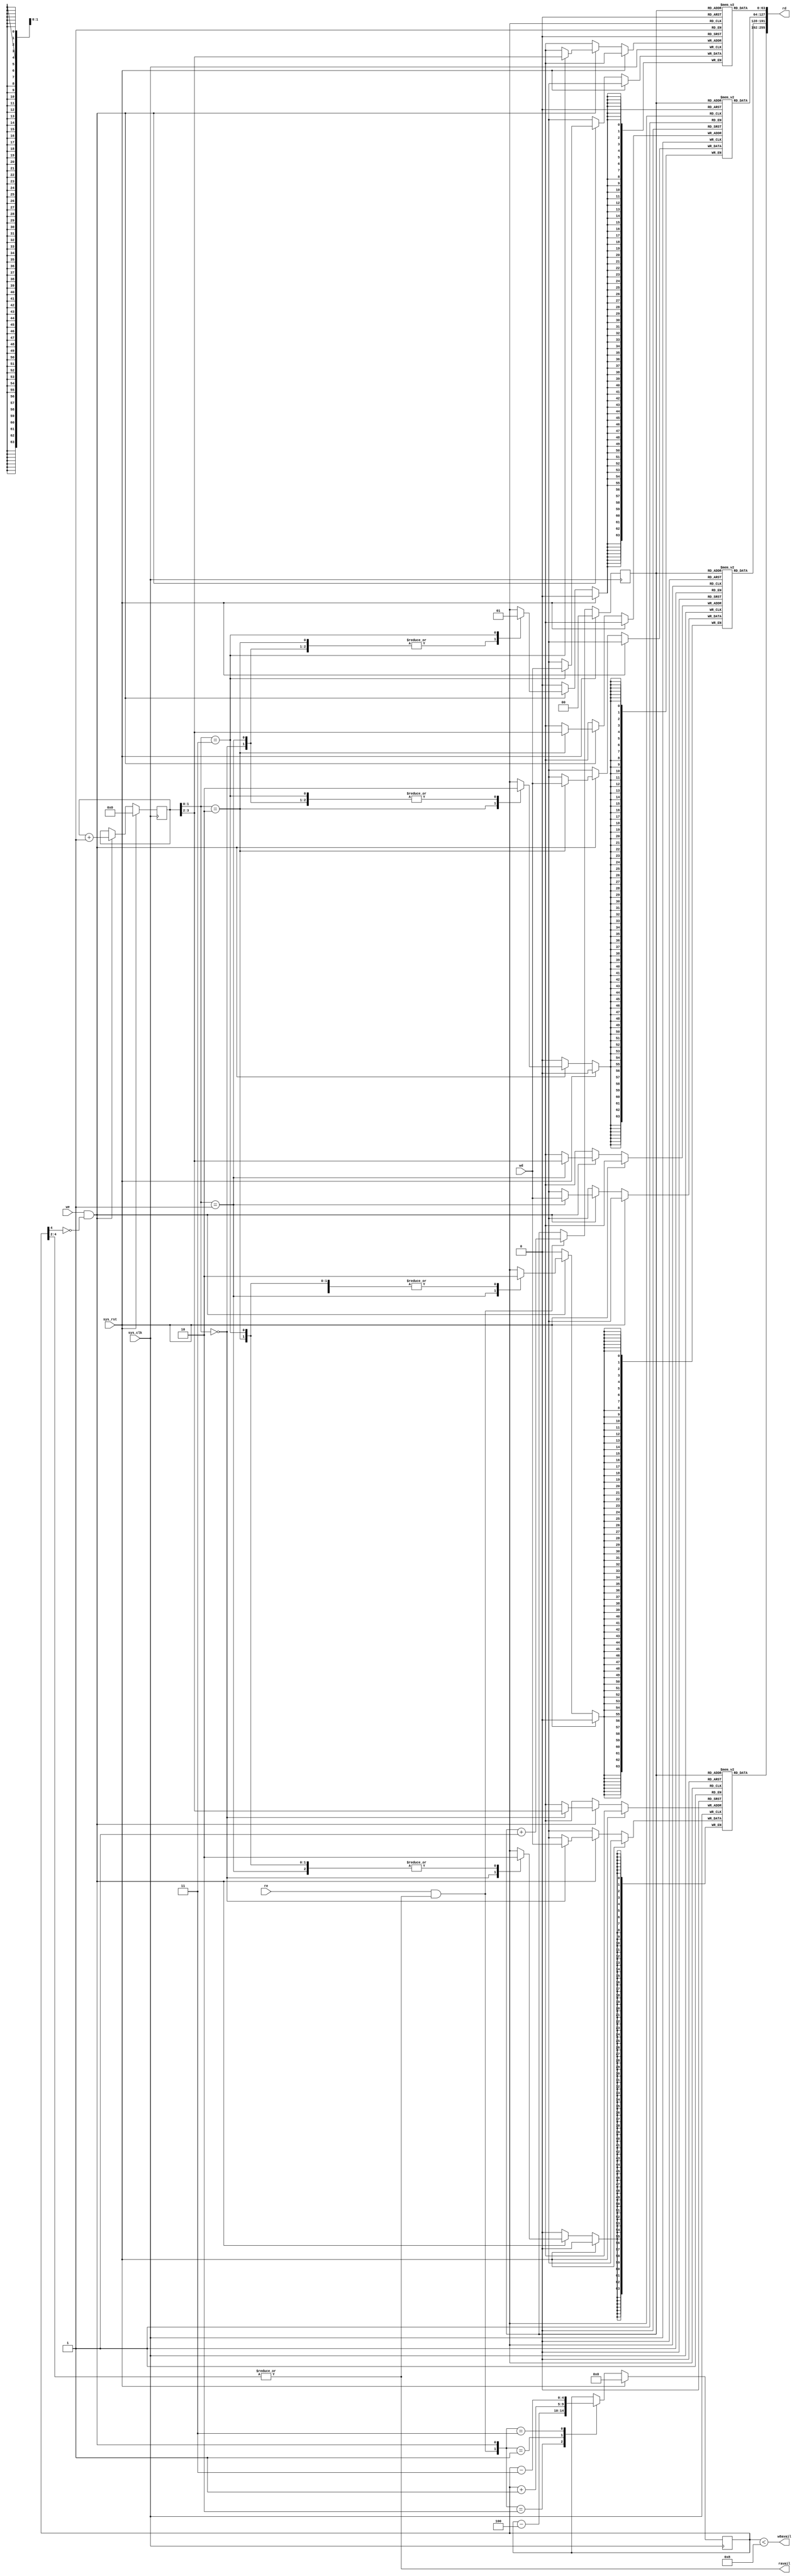
module tmu2_fifo64to256 #(
	parameter depth = 2 /* < log2 of the capacity, in 256-bit words */
) (
	input sys_clk,
	input sys_rst,
	
	output w8avail,
	input we,
	input [63:0] wd,
	
	output ravail,
	input re,
	output [255:0] rd
);

reg [63:0] storage1[0:(1 << depth)-1];
reg [63:0] storage2[0:(1 << depth)-1];
reg [63:0] storage3[0:(1 << depth)-1];
reg [63:0] storage4[0:(1 << depth)-1];

reg [depth+2:0] level;
reg [depth+1:0] produce;
reg [depth-1:0] consume;

wire wavail = ~level[depth+2];
assign w8avail = level < ((1 << (depth + 2)) - 8);
assign ravail = |(level[depth+2:2]);

wire read = re & ravail;
wire write = we & wavail;

always @(posedge sys_clk) begin
	if(sys_rst) begin
		level <= 0;
		produce <= 0;
		consume <= 0;
	end else begin
		if(read)
			consume <= consume + 1;
		if(write) begin
			produce <= produce + 1;
			case(produce[1:0])
				2'd0: storage1[produce[depth+1:2]] <= wd;
				2'd1: storage2[produce[depth+1:2]] <= wd;
				2'd2: storage3[produce[depth+1:2]] <= wd;
				2'd3: storage4[produce[depth+1:2]] <= wd;
			endcase
		end
		case({read, write})
			2'b10: level <= level - 4;
			2'b01: level <= level + 1;
			2'b11: level <= level - 3;
		endcase
	end
end

assign rd = {storage1[consume], storage2[consume], storage3[consume], storage4[consume]};

endmodule